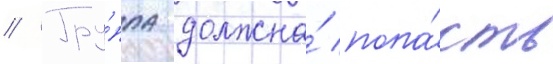
// Гру́ппа должна́ попа́сть